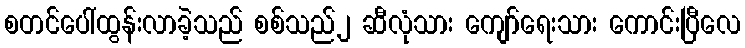
စတင်ပေါ်ထွန်းလာခဲ့သည် စစ်သည်၂ ဆီလုံသား ကျော်ရေးသား ကောင်းပြီလေ